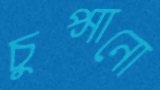
চুপ্‌সানো